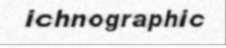
ichnographic